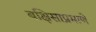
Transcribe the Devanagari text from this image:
बक्षिसाप्रमाणे